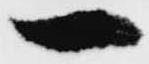
一